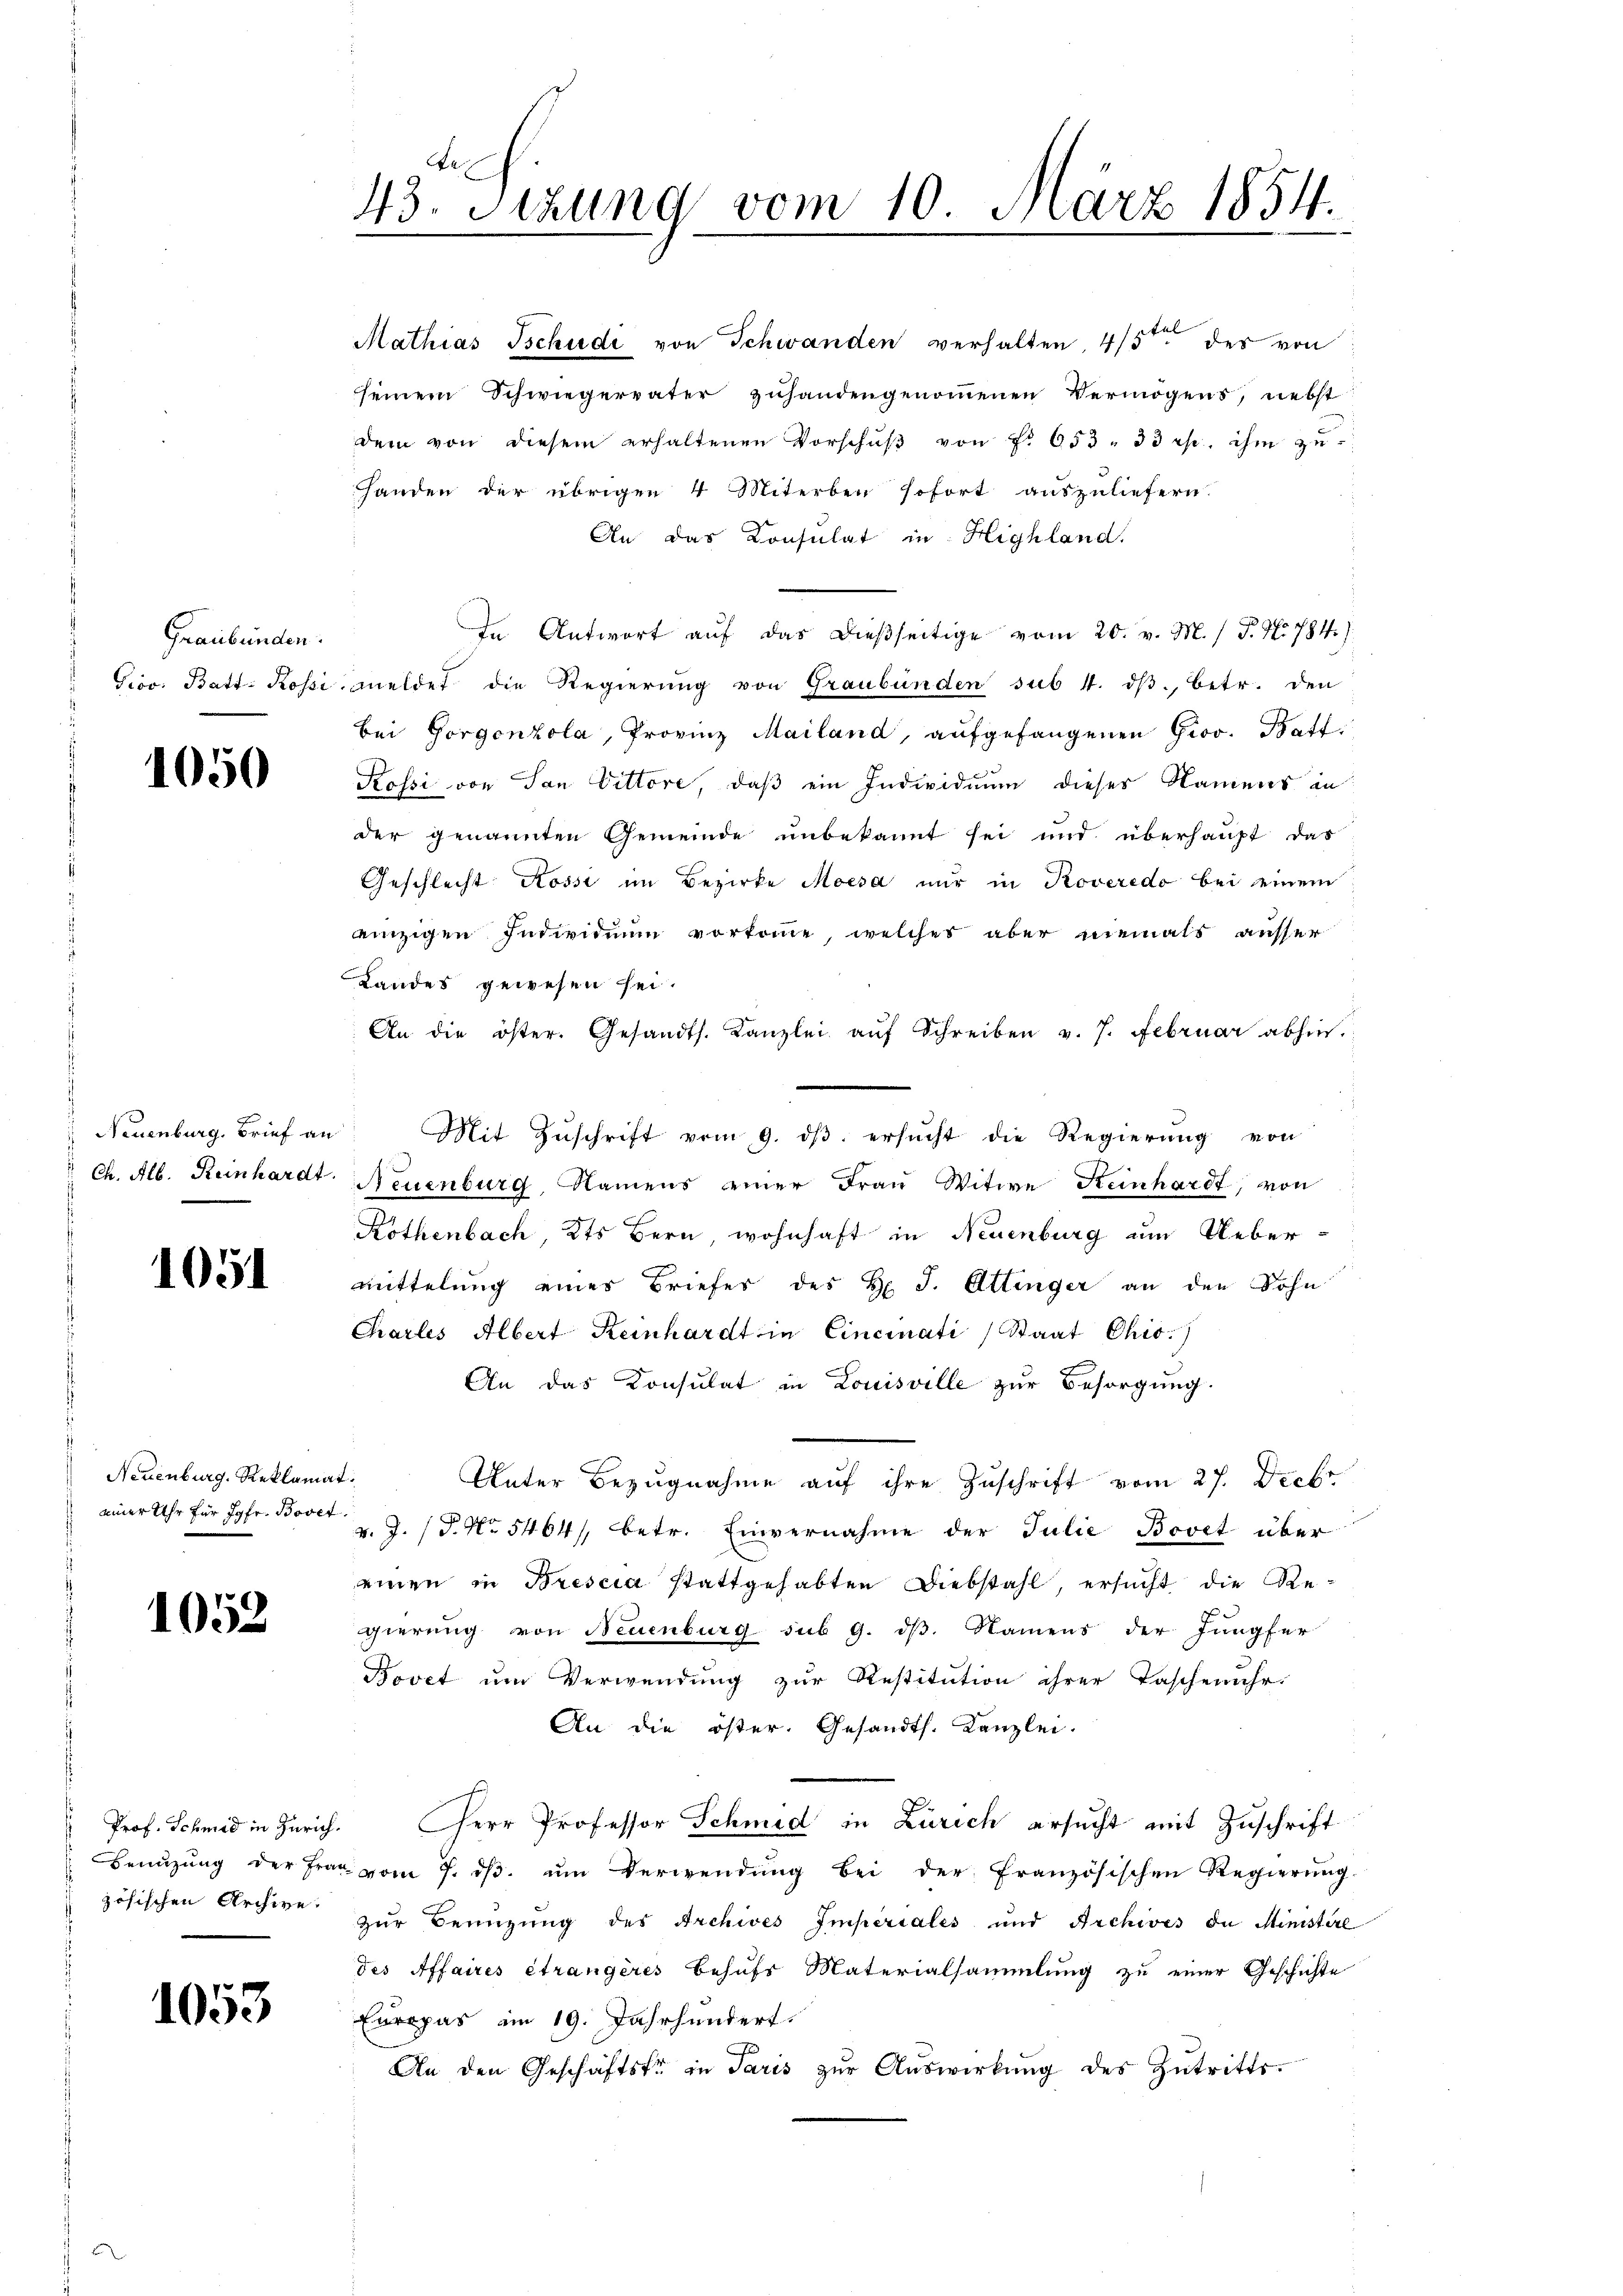
Graubünden.
Prov. Batt: Rossi

1050

Neuenburg, Brief an
Ch. Alb. Reinhardt

1051

Neuenburg, Reklamaeiner Uhr für Jgfr. Bovet

1052

Prof. Schmid in Zürich.
Benuzung der Fra
zösischen Archive.

1053

x
43. Sizung vom 10. März 1854.
.

Handen der übrigen 4 Miterben sofort auszuliefern.
An das Consulat in Highland.
In Antwort auf das dießseitige vom 20. v. M. / P. Nr. 784.)
meldet die Regierung von Graubünden sub 4. dβ., betr. den
bei Gorgenzola, Provinz Mailand, aŭfgefangenen Gior. Batt
Rossi von San Vittore, daß ein Individuum dieses Namens in
der genannten Gemeinde unbekannt sei und überhaupt das
Geschlecht Rossi im Bezirke Moesa nur in Roveredo bei einem
einzigen Individuum vorkomme, welches aber niemals ausser
Landes gewesen sei.
An die öster. Gesandts. Kanzlei aŭf Schreiben v. 7. Februar abhin.
Mit Zuschrift vom 9. dβ ersucht die Regierung von
Neuenburg, Namens einer Frau Witwe Keinhardt, von
Rothenbach, Kts Bern wohnhaft in Neuenburg um Uebermittelung eines Briefes des H. J. Attinger an den Sohn
Charlis Albert Keinhardt in Cincinati Staat Chio.)
An das Konsulat in Louisville zur Besorgung.
d
Unter Bezugnahme auf ihre Zuschrift vom 27. Decbr.
v. J. P. Nr. 5464/, betr. Einvernahme der Julie Bovet über
einen in Brescia stattgehabten Diebstahl, ersucht die Regierung von Neuenburg sub 9. dß. Namens der Jungfer
Bovet um Verwendung zur Restitution ihrer Taschenuhr.
An die öster. Gesandts. Kanzlei.
Herr Professor Schmid in Zürich ersucht mit Zuschrift
 vom 7. ds. um Verwendung bei der französischen Regierung
zŭr Benuzung des Archives Imperiales und Archives de Ministere
des Affaires étrangères behufs Materialsammlung zu einer Geschichte
Europas im 19. Jahrhundert.
An den Geschäftste in Paris zŭr Aŭswirkŭng des Zutritts-

tel
Mathias Tschudi von Schwanden verhalten 4/5. des von
seinem Schwiegervater zŭhandengenoṁenen Vermögens, nebst
dem von diesem erhaltenen Vorschŭβ von f. 653. 33 Rp. ihm zŭ